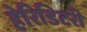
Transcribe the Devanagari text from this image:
हेरिडिटरी